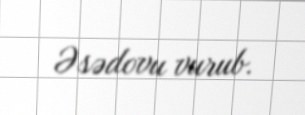
Əsədovu vurub.